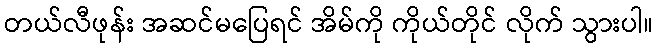
တယ်လီဖုန်း အဆင်မပြေရင် အိမ်ကို ကိုယ်တိုင် လိုက် သွားပါ။